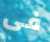
فى